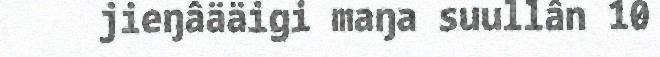
jieŋâääigi maŋa suullân 10